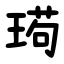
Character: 㻤